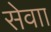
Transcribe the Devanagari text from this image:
सेवाा